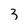
Character: 3